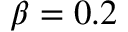
\beta = 0 . 2